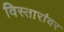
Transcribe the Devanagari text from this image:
विस्तारांवर